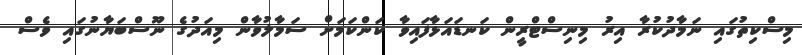
މިސްކިތުގައި ނަމާދުކުރާ އިރު މިނިސްޓްރީން ކަނޑައަޅާފައިވާ ކަންކަމަށް ސަމާލުވާން މިއަދުގެ ނޫސްބަޔާނުގައި ވެސް